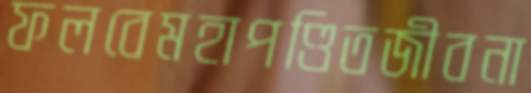
ফলবেমহাপণ্ডিতজীবনা